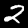
Digit: 2